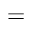
=